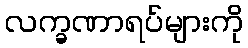
လက္ခဏာရပ်များကို